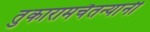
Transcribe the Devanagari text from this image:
तुकारामचैतन्यांनी